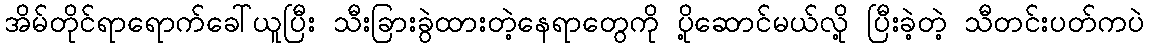
အိမ်တိုင်ရာရောက်ခေါ်ယူပြီး သီးခြားခွဲထားတဲ့နေရာတွေကို ပို့ဆောင်မယ်လို့ ပြီးခဲ့တဲ့ သီတင်းပတ်ကပဲ